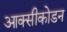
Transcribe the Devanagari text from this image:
आक्सीकोडन